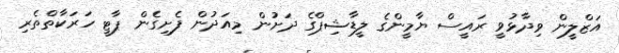
އަޒްލީން ވިދާޅުވީ ރައީސް ޔާމީންގެ ލީޑާޝިޕްގެ ދަށުން މިއަދުން ފެށިގެން ޕާޓީ ހަރަކާތްތެރި